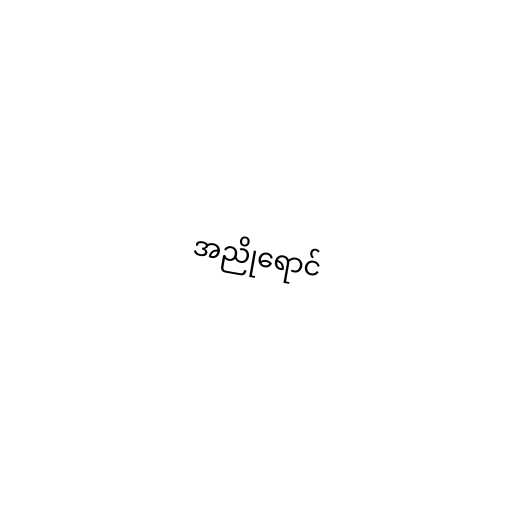
အညိုရောင်